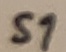
Text: S1